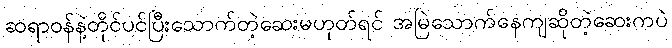
ဆရာဝန်နဲ့တိုင်ပင်ပြီးသောက်တဲ့ဆေးမဟုတ်ရင် အမြဲသောက်နေကျဆိုတဲ့ဆေးကပဲ